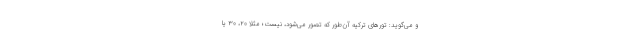
و می‌گوید: تورهای ترکیه آن‌طور که تصور می‌شود، نیست؛ مثلا ۲۰، ۳۰ یا